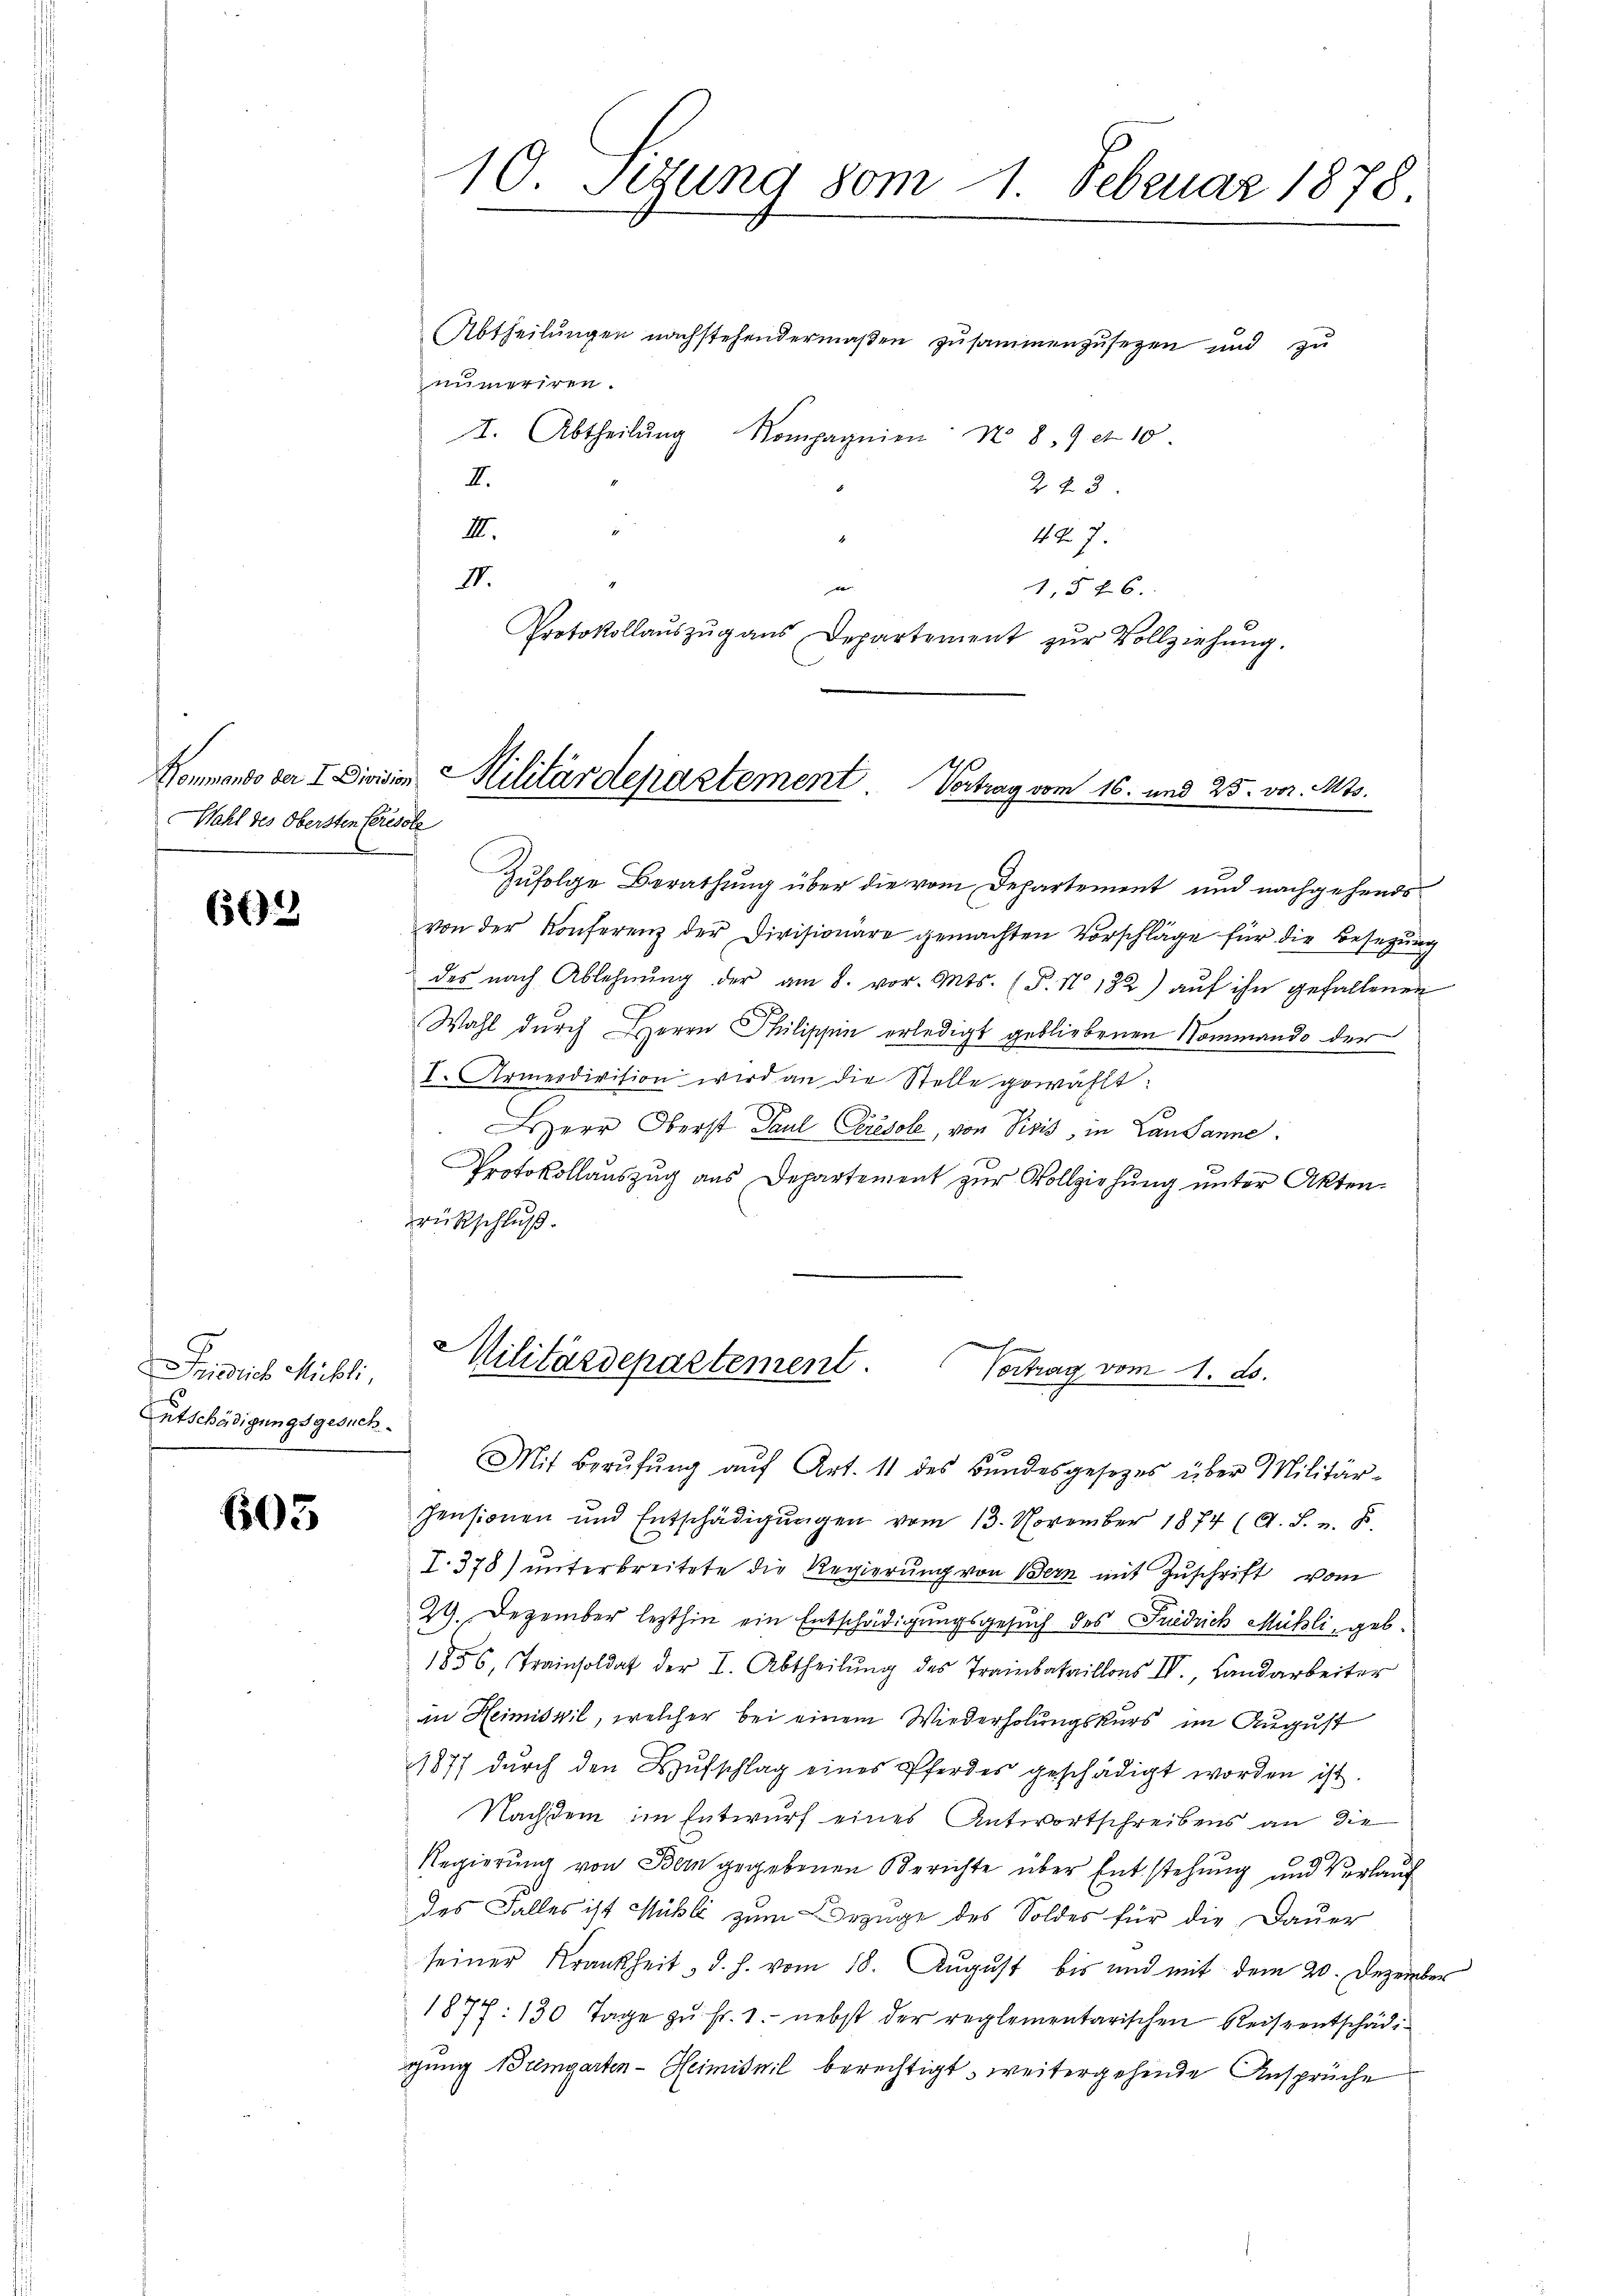
Wahl des Obersten Perische

66) 2

Friedrich Mühli,
Entschädigungsgesuch.

605

Abtheilungen nachstehendermaßen zusammenzusetzen und zu
numeriren.
I. Abtheilŭng Kompagnien No. 8. 9 et 10
I.
243.
II.
447.
II.
e
1,546.
Protokollaŭszŭg aŭs Departement zŭr Vollziehŭng.

10 Sezung vom 1. Februar 1878

Hommando der I. Division Militärdepartement Vertrag vom 16. und 25. vor. Mts.

Militärdepartement. Vortrag vom 1. d.

Zufolge Berathung über die vom Departement und nachgehends
von der Konferenz der Divisionäre gemachten Vorschläge für die Besetzŭng
des nach Ablehnŭng der am 8. vor. Mts. (T. No 132) auf ihn gefallenen
Wahl durch Herrn Philippin erledigt gebliebenen Nommando der
I. Armeidirition wird an die Stelle gewählt:
Herr Oberst Paul Ceresole, von Pixis, in Lausanne
Protokollauszug aus Departement zur Vollziehung unter Akten.
rückschluß.

Mit Berŭfŭng aŭf Art. 11 des Bŭndesgesezes über Militär-
Pensionen und Entschädigŭngen vom 13. November 1874 (A. S. z. B.
I. 378) unterbreitete die Regierung von Bern mit Zuschrift vom
29. Dezember lezthin ein Entschädigungsgesuch des Friedrich Mühli, geb.
1856, Trainsoldat der I. Abtheilung des Trainbataillons IV., Landarbeiter
in Heimisvil, welcher bei einem Wiederholungskurs im August
1877 dŭrch den Hŭfschlag eines Pferdes geschädigt worden ist.
Nachdem im Entwurf eines Antwortschreibens an die
Regierung von Bern gegebenen Berichte über Entstehung und Verlauf
des Falles ist Mühle zum Bezuge des Soldes für die Dauer
seiner Krankheit, d. h. vom 18. August bis und mit dem 20. Dezember
1877. 130 Tage zŭ fr. 1. nebst der reglementarischen Reiszentschädiging Bremgarten - Heimisnil berechtigt, weitergehende Ansprüche